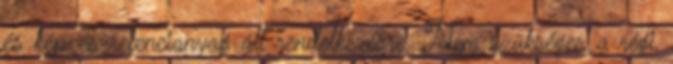
és kép-és refencianyag áll rendelkezésre. Nem szükséges a régi,